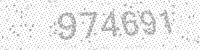
Solution: 974691